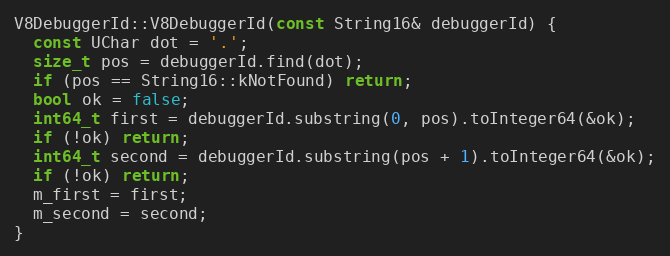
Language: C++
V8DebuggerId::V8DebuggerId(const String16& debuggerId) {
  const UChar dot = '.';
  size_t pos = debuggerId.find(dot);
  if (pos == String16::kNotFound) return;
  bool ok = false;
  int64_t first = debuggerId.substring(0, pos).toInteger64(&ok);
  if (!ok) return;
  int64_t second = debuggerId.substring(pos + 1).toInteger64(&ok);
  if (!ok) return;
  m_first = first;
  m_second = second;
}